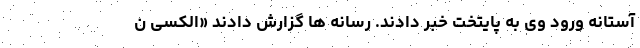
آستانه ورود وی به پایتخت خبر دادند. رسانه ها گزارش دادند «الکسی ن